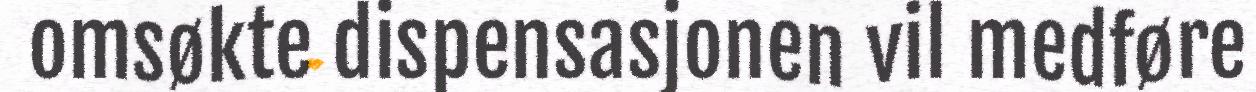
omsøkte dispensasjonen vil medføre